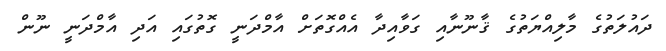
ދައުލަތުގެ މާލިއްޔަތުގެ ޤާނޫނާއި ގަވާއިދާ އެއްގޮތަށް އާމްދަނީ ގޮތުގައި އަދި އާމްދަނީ ނޫން